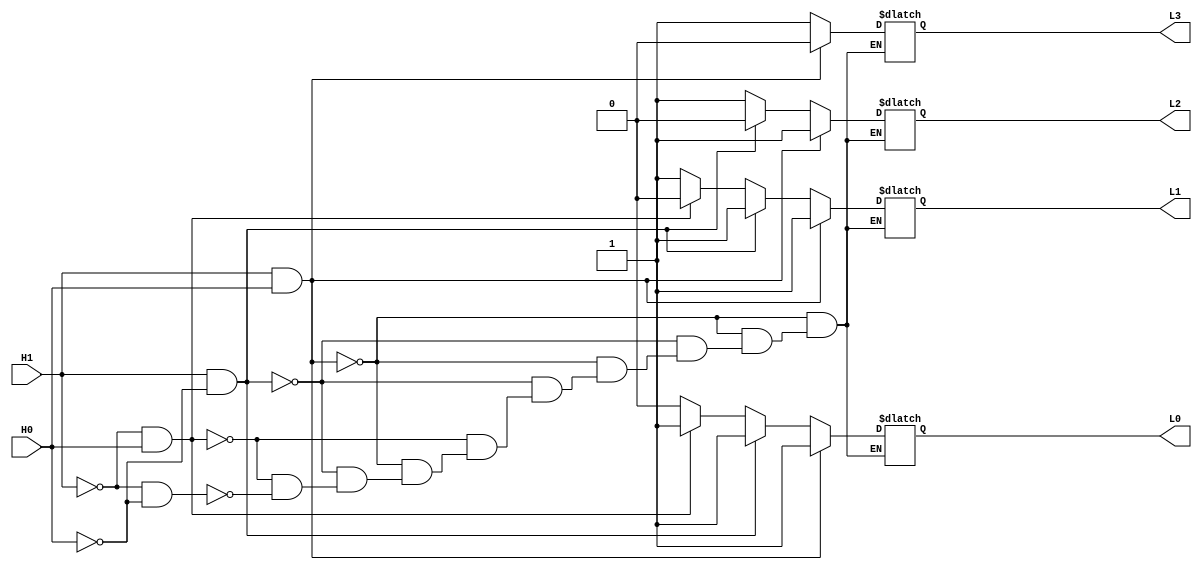
`timescale 1ns / 1ps

module Dec2x4(H1, H0, L3, L2, L1, L0); // Active Low

	input H1, H0; // Selector Bits
	output reg L3, L2, L1, L0; // Output Bits
	
	always@(H1, H0) begin
		if (H1 == 1 && H0 == 1) begin
			L3=0; L2=1; L1=1; L0=1;
		end
		else if (H1 == 1 && H0 == 0) begin
			L3=1; L2=0; L1=1; L0=1;
		end
		else if (H1 == 0 && H0 == 1) begin
			L3=1; L2=1; L1=0; L0=1;
		end
		else if (H1 == 0 && H0 == 0) begin
			L3=1; L2=1; L1=1; L0=0;
		end
		else begin
			$display("DEC #ERROR#");
		end
	end

endmodule